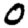
Digit: 0